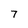
Character: 7